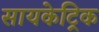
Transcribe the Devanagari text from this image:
सायकेट्रिक